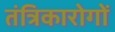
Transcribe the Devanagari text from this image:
तंत्रिकारोगों